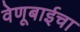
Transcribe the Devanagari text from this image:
वेणूबाईचा